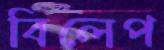
বিলেপ